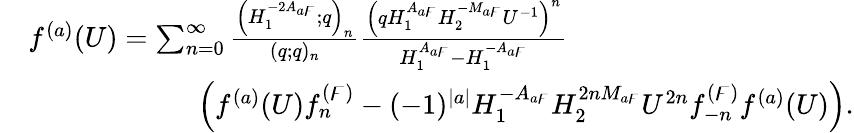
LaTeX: \begin{array}{rl}&{f^{(a)}(U)=\sum_{n=0}^{\infty}\frac{\left(H_{1}^{-2A_{a\digamma}};q\right)_{n}}{(q;q)_{n}}\frac{\left(qH_{1}^{A_{a\digamma}}H_{2}^{-M_{a\digamma}}U^{-1}\right)^{n}}{H_{1}^{A_{a\digamma}}-H_{1}^{-A_{a\digamma}}}}\\ &{\qquad\qquad\qquad\left(f^{(a)}(U)f_{n}^{(\digamma)}-(-1)^{|a|}H_{1}^{-A_{a\digamma}}H_{2}^{2nM_{a\digamma}}U^{2n}f_{-n}^{(\digamma)}f^{(a)}(U)\right).}\end{array}